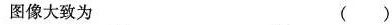
图像大致为 （ ）